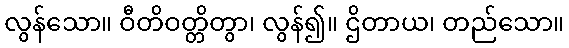
လွန်သော။ ဝီတိဝတ္တိတွာ၊ လွန်၍။ ဌိတာယ၊ တည်သော။